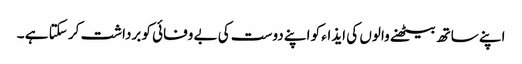
اپنے ساتھ بیٹھنے والوں کی ایذاء کو اپنے دوست کی بے وفائی کو برداشت کر سکتا ہے ۔